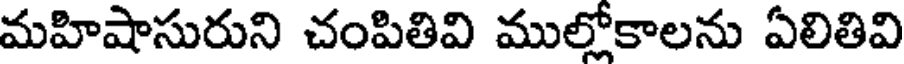
మహిషాసురుని చంపితివి ముల్లోకాలను ఏలితివి